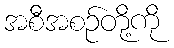
အစီအစဉ်တို့ကို